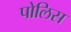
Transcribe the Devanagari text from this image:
पोलिस